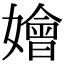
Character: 嬒